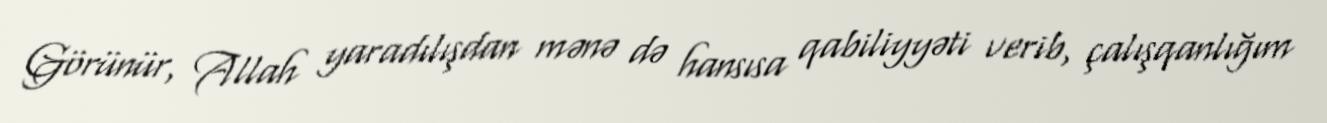
Görünür, Allah yaradılışdan mənə də hansısa qabiliyyəti verib, çalışqanlığım